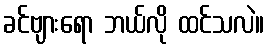
ခင်ဗျားရော ဘယ်လို ထင်သလဲ။